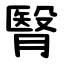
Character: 㬾